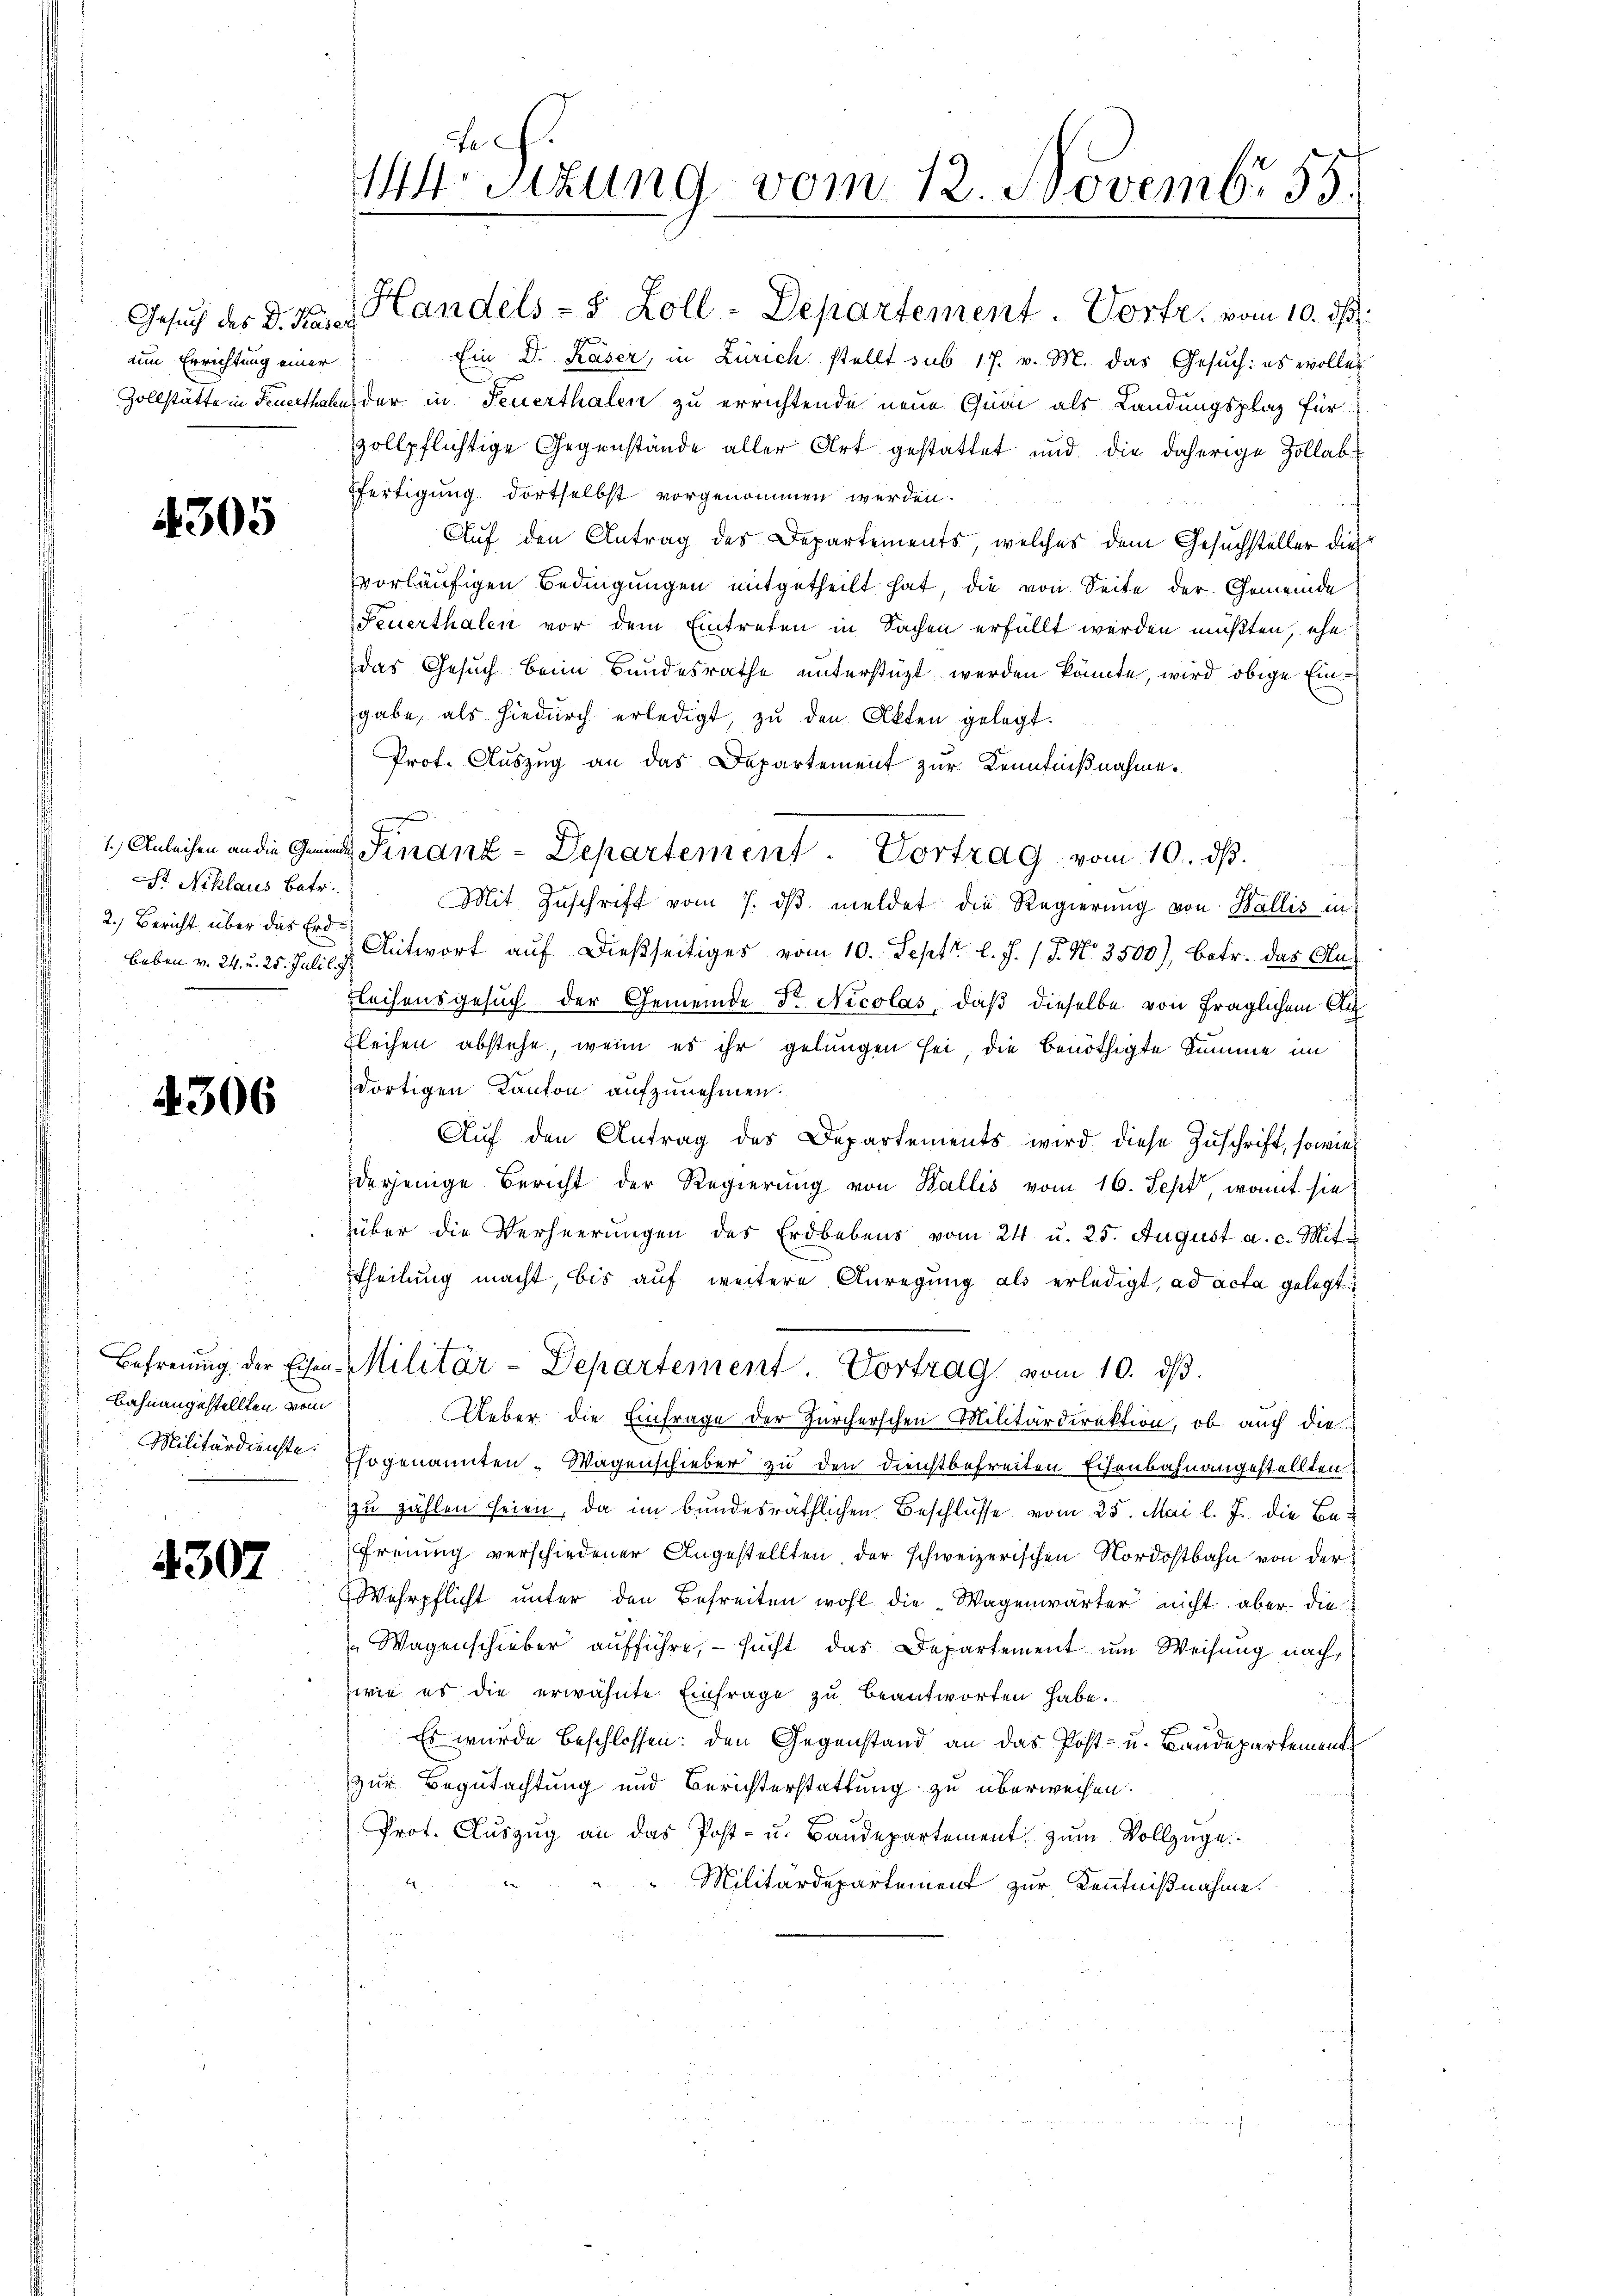
aim Errichtung einer

4305

St. Niklaus betr.
2.) Bericht über das Erd¬

4306

Bahnangestellten vom
Militärdienste.

4307

d
Mrsizung vom 12. Novembr 55.

Gesuch des d. Karl Handels- & Zoll-Departement. Vortr. vom 10. ds.
Ein D. Kaser, in Zürich stellt sub 17. v. M. das Gesuch: es wollen
Zollstätte in Feuerthabe der in Feuerthalen zu errichtende neue Quai als Landungsplaz für
zollpflichtige Gegenstände aller Art gestattet und die daherige Zollab¬
Efertigung dortselbst vorgenommen werden.
i
Auf den Antrag des Departements, welches dem Gesuchsteller dies
vorläŭfigen Bedingŭngen mitgetheilt hat, die von Seite der Gemeinde
Feuerthalen vor dem Eintreten in Sachen erfüllt werden müßten, ehe
das Gesuch beim Bundesrathe unterstüzt werden könnte, wird obige Eingabe, als hiedŭrch erledigt zŭ den Akten gelegt.
Prot. Auszug an das Departement zur Kenntnißnahme.
1.) Anleihen an die Finanz-Departement. Vortrag vom 10. ds.
Mit Zuschrift vom 7. dβ meldet die Regierung von Wallis in
beben v. 24. u. 25. F. u. Antwort auf dießseitiges vom 10. Sept. l. J. (T. No 3500), betr. das Aus
Fleihensgesuch der Gemeinde Dr. Nicolas, daß dieselbe von fraglichen Au
Fleihen abstehe, wenn es ihr gelungen sei, die benöthigte Summe im
dortigen Kanton aufzunehmen.
Auf den Antrag des Departements wird diese Zuschrift, sowie
derjenige Bericht der Regierung von Wallis vom 16. Sept, womit sie
über die Verheerungen des Erdbebens vom 24. u. 25. August a. c. Mit
ttheilung macht, bis auf weitere Anregung als erledigt, ad acta gelegt.
Befreiung der Eisen-Militär-Departement Vortrag vom 10. dβ.
Ueber die Einfrage der Zürcherschen Militärdirektion, ob auch die
Ehogenannten Wagenschieber zu den dienstbefreiten Eisenbahnangestellten
zu zählen seien, da im bundesräthlichen Beschlüsse vom 25. Mai l. J. die Be¬
Freiung verschiedener Angestellten, der schweizerischen Nordostbahn von der
Wehrpflicht unter den Befreiten wohl die Wagenwärter nicht aber die
Wagenschieber aufführe, – sucht das Departement um Weisung nach,
zwie es die erwähnte Einfrage zu beantworten habe.
Es wurde beschlossen: den Gegenstand an das Post- u. Baudepartement
zur Begutachtung und Berichterstattung zu überweisen.
Prot. Aŭszŭg an das Post- u. Baŭdepartement zŭm Vollzüge
4
Militärdepartement zur Kenntnißnahme.